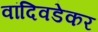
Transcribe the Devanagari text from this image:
वांदिवडेकर